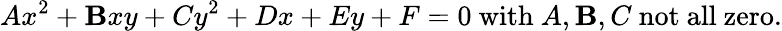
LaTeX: Ax^{2}+\mathbf{B}xy+Cy^{2}+Dx+Ey+F=0{\mathrm{{~with~}}}A,\mathbf{B},C{\mathrm{{~not~all~zero.}}}